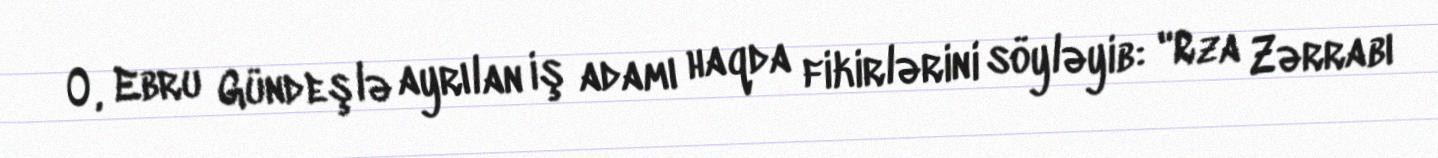
O, Ebru Gündeşlə ayrılan iş adamı haqda fikirlərini söyləyib: "Rza Zərrabı